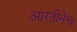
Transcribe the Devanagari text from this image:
आरतीनेच